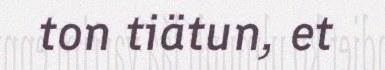
ton tiätun, et